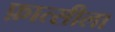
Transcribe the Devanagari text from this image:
फ़ात्सीला